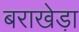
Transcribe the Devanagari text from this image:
बराखेड़ा